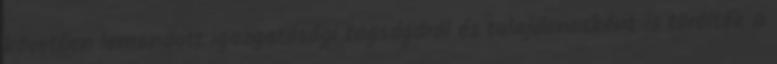
követően lemondott igazgatósági tagságáról és tulajdonosként is törölték a